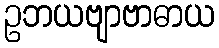
ဥဘယဗျာဗာဓာယ